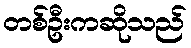
တစ်ဦးကဆိုသည်